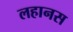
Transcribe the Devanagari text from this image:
लहानस